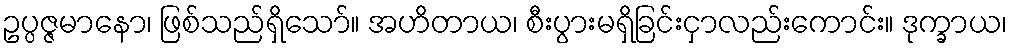
ဥပ္ပဇ္ဇမာနော၊ ဖြစ်သည်ရှိသော်။ အဟိတာယ၊ စီးပွားမရှိခြင်းငှာလည်းကောင်း။ ဒုက္ခာယ၊